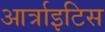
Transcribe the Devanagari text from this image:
आर्त्राइटिस